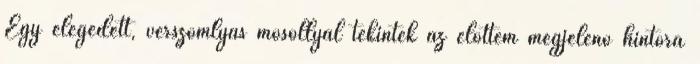
Egy elégedett, vérszomlyas mosollyal tekintek az előttem megjelenő hintóra